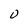
Character: O